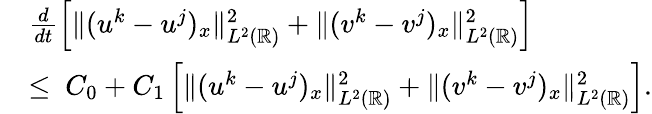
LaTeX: \begin{array}{rl}&{\frac{d}{dt}\left[\| (u^{k}-u^{j})_{x}\| _{L^{2}(\mathbb{R})}^{2}+\| (v^{k}-v^{j})_{x}\| _{L^{2}(\mathbb{R})}^{2}\right]}\\ &{\leq\ C_{0}+C_{1}\left[\| (u^{k}-u^{j})_{x}\| _{L^{2}(\mathbb{R})}^{2}+\| (v^{k}-v^{j})_{x}\| _{L^{2}(\mathbb{R})}^{2}\right].}\end{array}